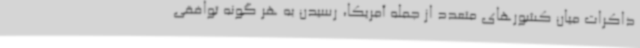
ذاکرات میان کشورهای متعدد از جمله آمریکا، رسیدن به هر گونه توافقی